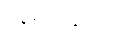
နေရပါသည်